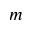
m